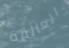
العالقة